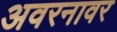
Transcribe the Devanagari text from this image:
अवरनावर